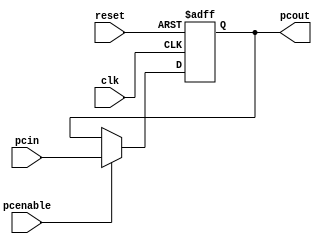
module pc(clk,reset,pcin,pcout,pcenable);
	input clk,reset,pcenable;
	input [31:0] pcin;
	output [31:0] pcout;
	reg [31:0] pcout;
	always@(posedge clk or posedge reset)
	begin
	 if(reset)
	  pcout<=8'h00000000;
	 else if(pcenable)
	  pcout<=pcin;
	end
endmodule